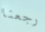
رجعنا